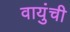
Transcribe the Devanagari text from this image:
वायुंची